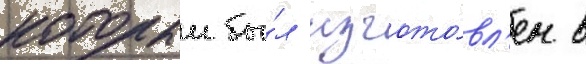
которыи бы́л изгото́вл'ен в